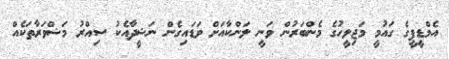
އެމްޑީޕީގެ ގައުމީ މަޖިލީހުގެ މެންބަރުން ވަނީ ލަންކާއަށް ވަޑައިގެން ނަޝީދާއެކު ސިއްރު މަޝްވަރާތަކެއް